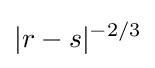
|r-s|^{-2/3}